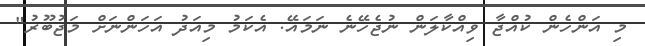
މި އަންހެން ކުއްޖާ ވިއްކާލަން ނުޖެހޭނެ ނަމައޭ. އެކަމު މިއަދު އަހަންނަށް މަޖުބޫރު"